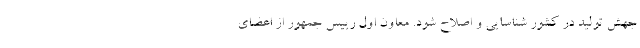
جهش تولید در کشور شناسایی و اصلاح شود. معاون اول رییس جمهور از اعضای